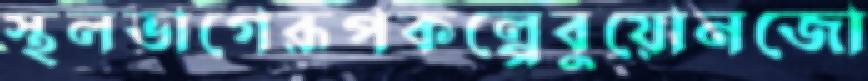
স্থলভাগেরূপকল্পেবুয়োনজো